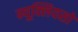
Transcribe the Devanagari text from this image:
न्यूक्लियसो